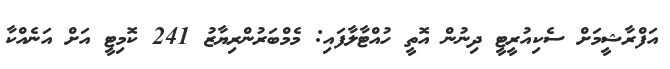
އަފްރާޝީމަށް ސެކިއުރީޓީ ދިނުން އޮތީ ހުއްޓާލާފައި: މެމްބަރުންރިޔާޒު 241 ކޮމިޓީ އަށް އަނެއްކާ